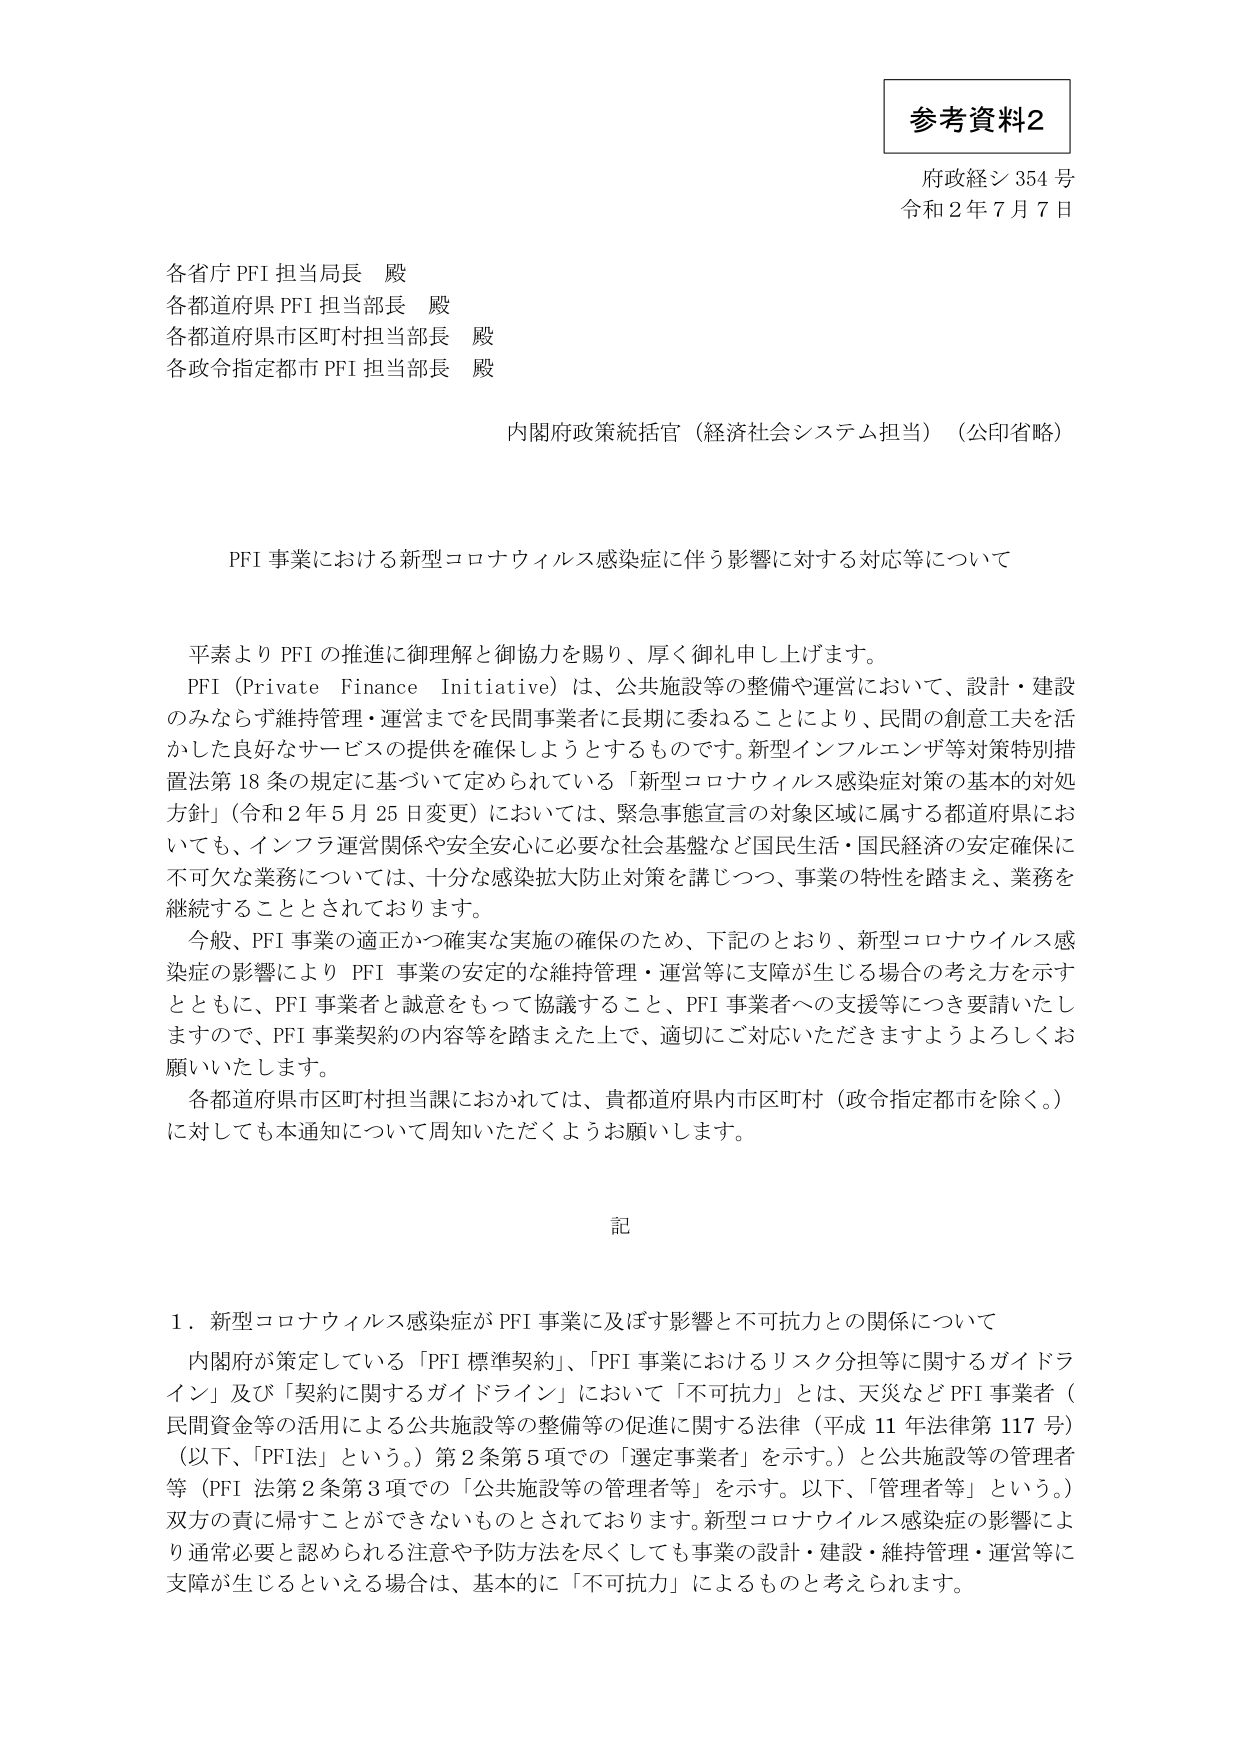
参考資料2
府政経シ 354 号
令和２年７月７日

各省庁 PFI 担当局長 殿
各都道府県 PFI 担当部長 殿
各都道府県市区町村担当部長 殿
各政令指定都市 PFI 担当部長 殿

内閣府政策統括官（経済社会システム担当）（公印省略）

PFI 事業における新型コロナウイルス感染症に伴う影響に対する対応等について

平素より PFI の推進に御理解と御協力を賜り、厚く御礼申し上げます。
PFI（Private Finance Initiative）は、公共施設等の整備や運営において、設計・建設のみならず維持管理・運営までを民間事業者に長期に委ねることにより、民間の創意工夫を活かした良好なサービスの提供を確保しようとするものです。新型インフルエンザ等対策特別措置法第18条の規定に基づいて定められている「新型コロナウイルス感染症対策の基本的対処方針」（令和2年5月25日変更）においては、緊急事態宣言の対象区域に属する都道府県においても、インフラ運営関係や安全安心に必要な社会基盤など国民生活・国民経済の安定確保に不可欠な業務については、十分な感染拡大防止対策を講じつつ、事業の特性を踏まえ、業務を継続することとされております。
今般、PFI 事業の適正かつ確実な実施の確保のため、下記のとおり、新型コロナウイルス感染症の影響により PFI 事業の安定的な維持管理・運営等に支障が生じる場合の考え方を示すとともに、PFI 事業者と誠意をもって協議すること、PFI 事業者への支援等につき要請いたしますので、PFI 事業契約の内容等を踏まえた上で、適切にご対応いただきますようよろしくお願いいたします。
各都道府県市区町村担当課におかれては、貴都道府県内市区町村（政令指定都市を除く。）に対しても本通知について周知いただくようお願いします。

記

１．新型コロナウイルス感染症が PFI 事業に及ぼす影響と不可抗力との関係について
内閣府が策定している「PFI 標準契約」、「PFI 事業におけるリスク分担等に関するガイドライン」及び「契約に関するガイドライン」において「不可抗力」とは、天災など PFI 事業者（民間資金等の活用による公共施設等の整備等の促進に関する法律（平成11年法律第117号）（以下、「PFI法」という。）第2条第5項での「選定事業者」を示す。）と公共施設等の管理者等（PFI 法第2条第3項での「公共施設等の管理者等」を示す。以下、「管理者等」という。）双方の責に帰すことができないものとされております。新型コロナウイルス感染症の影響により通常必要と認められる注意や予防方法を尽くしても事業の設計・建設・維持管理・運営等に支障が生じるといえる場合は、基本的に「不可抗力」によるものと考えられます。